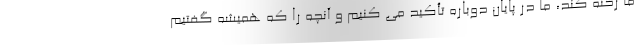
ما رخنه کند، ما در پایان دوباره تأکید می کنیم و آنچه را که همیشه گفتیم